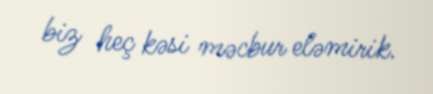
biz heç kəsi məcbur eləmirik.